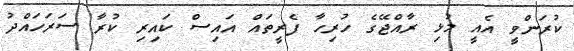
ކުރަންވީ އެއީ މުޅި ރާއްޖޭގެ ހުރިހާ ފެރީތައް އައިސް ކައިރި ކުރާ ސަރަހައްދު